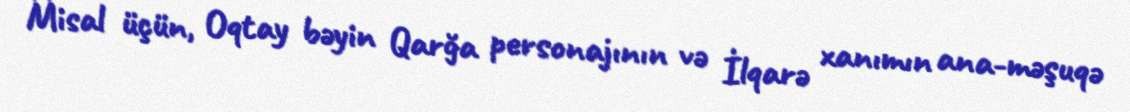
Misal üçün, Oqtay bəyin Qarğa personajının və İlqarə xanımın ana-məşuqə